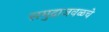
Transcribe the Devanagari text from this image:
समुद्राजवळचे